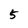
Character: 5